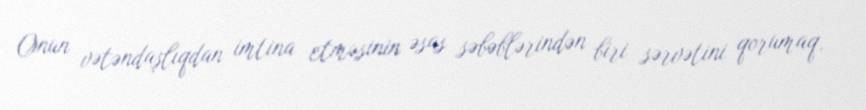
Onun vətəndaşlıqdan imtina etməsinin əsas səbəblərindən biri sərvətini qorumaq,